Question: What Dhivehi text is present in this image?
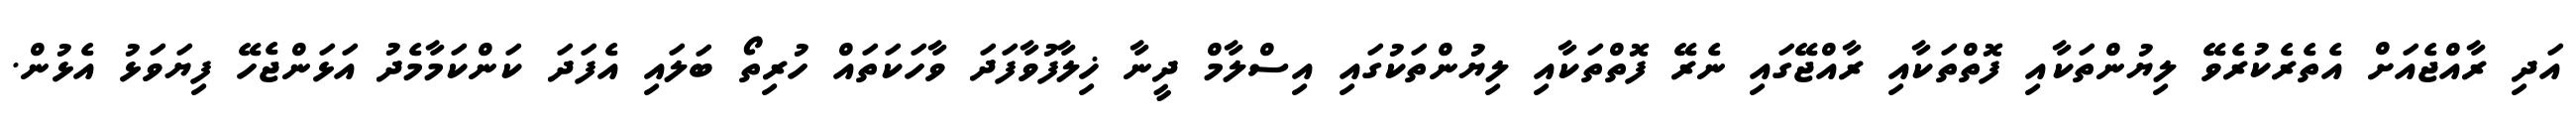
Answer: އަދި ރާއްޖެއަށް އެތެރެކުރެވޭ ލިޔުންތަކާއި ފޮތްތަކާއި ރާއްޖޭގައި ނެރޭ ފޮތްތަކާއި ލިޔުންތަކުގައި އިސްލާމް ދީނާ ޚިލާފުވާފަދަ ވާހަކަތައް ހުރިތޯ ބަލައި އެފަދަ ކަންކަމާމެދު އަޅަންޖެހޭ ފިޔަވަޅު އެޅުން.